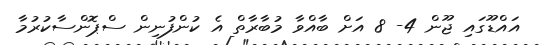
އައްޑޫގައި ޖޫން 4- 8 އަށް ބާއްވާ މުބާރާތް އެ ކުންފުނިން ސްޕޮންސާކުރުމާ